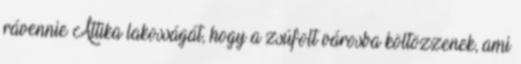
rávennie Attika lakosságát, hogy a zsúfolt városba költözzenek, ami